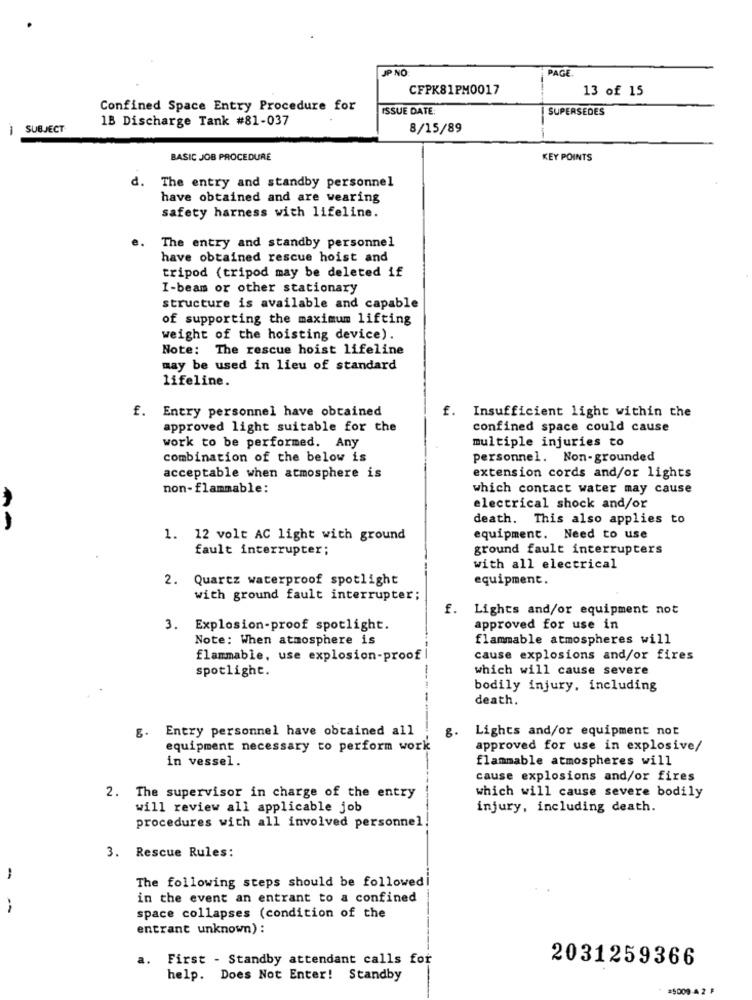
JP NO
PAGE
CFPK81PM0017
13 of 15
Confined Space Entry Procedure for
ISSUE DATE
SUPERSEDES
1B Discharge Tank #81-037
SUBJECT
8/15/89
BASIC JOB PROCEDURE
KEY POINTS
d. The entry and standby personnel
have obtained and are wearing
safety harness with lifeline.
e.
The entry and standby personnel
have obtained rescue hoist and
tripod (tripod may be deleted if
I-beam or other stationary
structure is available and capable
of supporting the maximum lifting
weight of the hoisting device).
Note: The rescue hoist lifeline
may be used in lieu of standard
lifeline.
f. Entry personnel have obtained
Insufficient light within the
approved light suitable for the
confined space could cause
work to be performed. Any
multiple injuries to
combination of the below is
personnel. Non-grounded
acceptable when atmosphere is
extension cords and/or lights
non-flammable:
which contact water may cause
electrical shock and/or
death. This also applies to
1. 12 volt AC light with ground
equipment. Need to use
fault interrupter;
ground fault interrupters
with all electrical
2. Quartz waterproof spotlight
equipment.
with ground fault interrupter;
f.
Lights and/or equipment not
3. Explosion-proof spotlight.
approved for use in
Note: When atmosphere is
flammable atmospheres will
flammable, use explosion-proof
cause explosions and/or fires
spotlight.
which will cause severe
--
bodily injury, including
death.
Entry personnel have obtained all
Lights and/or equipment not
equipment necessary to perform work
approved for use in explosive/
in vessel.
flammable atmospheres will
cause explosions and/or fires
2. The supervisor in charge of the entry
which will cause severe bodily
will review all applicable job
injury, including death.
procedures with all involved personnel
3. Rescue Rules:
-
The following steps should be followedi
in the event an entrant to a confined
space collapses (condition of the
entrant unknown) :
a. First - Standby attendant calls for
2031259366
help. Does Not Enter! Standby
#5009-42 F